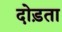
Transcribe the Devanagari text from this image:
दोड़ता